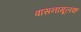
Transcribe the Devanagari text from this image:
वासनामूलक